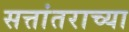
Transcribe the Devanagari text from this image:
सत्तांतराच्या